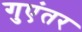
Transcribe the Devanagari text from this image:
गुएंतर